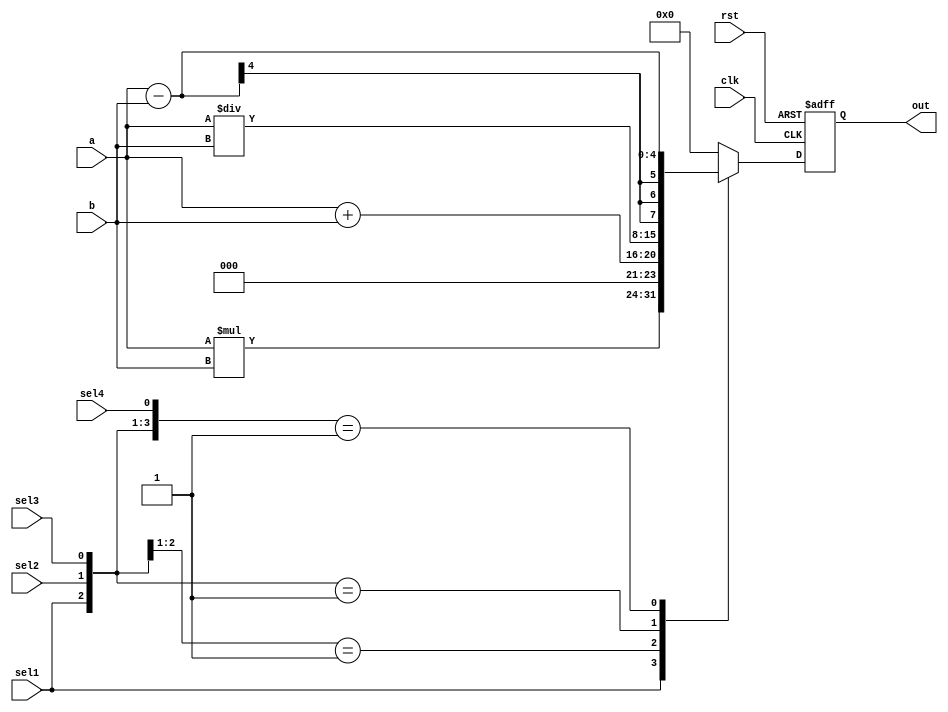
`timescale 1 ns/ 1 ps
module TOP(a,b,clk,rst,sel1,sel2,sel3,sel4,out);
input [3:0] a,b;
input clk;
input rst,sel1,sel2,sel3,sel4;
output [7:0] out;
reg [7:0] out;

always @(posedge clk or negedge rst)
begin
    if (!rst)
    begin
        out <= 8'b0;
    end
    else
    begin
        casex({sel1,sel2,sel3,sel4})
            4'b1xxx:out<=a*b;
            4'b01xx:out<=a+b;
            4'b001x:out<=a/b;
            4'b0001:out<=a-b;
            default:out<=0;
        endcase
        end
    end

    endmodule